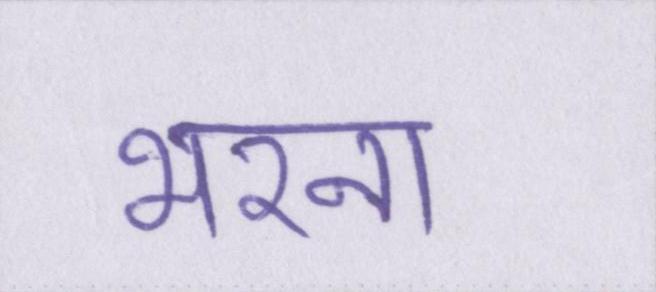
भरना